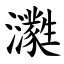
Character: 㶙